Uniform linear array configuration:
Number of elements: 4
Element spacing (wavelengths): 0.25
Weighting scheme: hann
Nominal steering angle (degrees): -30
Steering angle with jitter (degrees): -31.885
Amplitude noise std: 0.05
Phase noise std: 0.05

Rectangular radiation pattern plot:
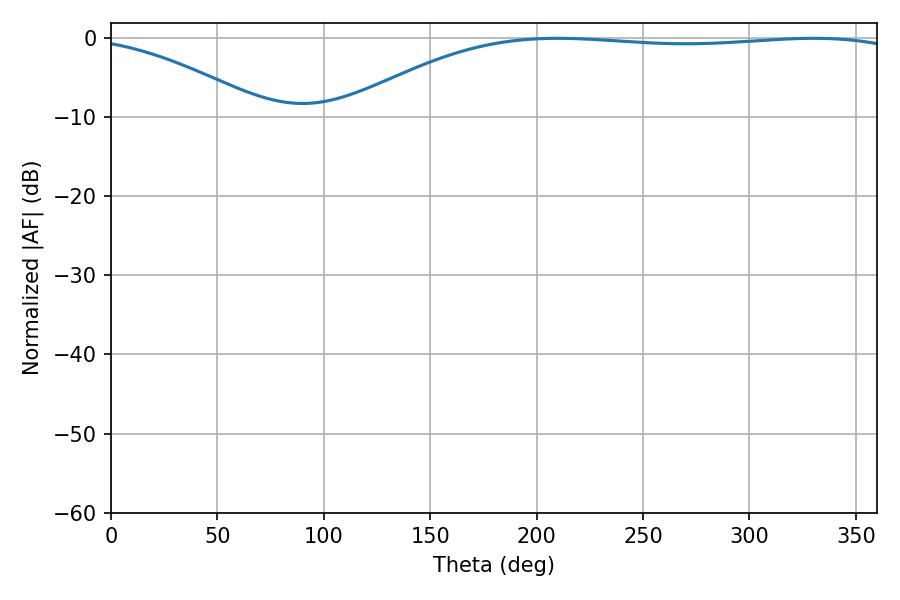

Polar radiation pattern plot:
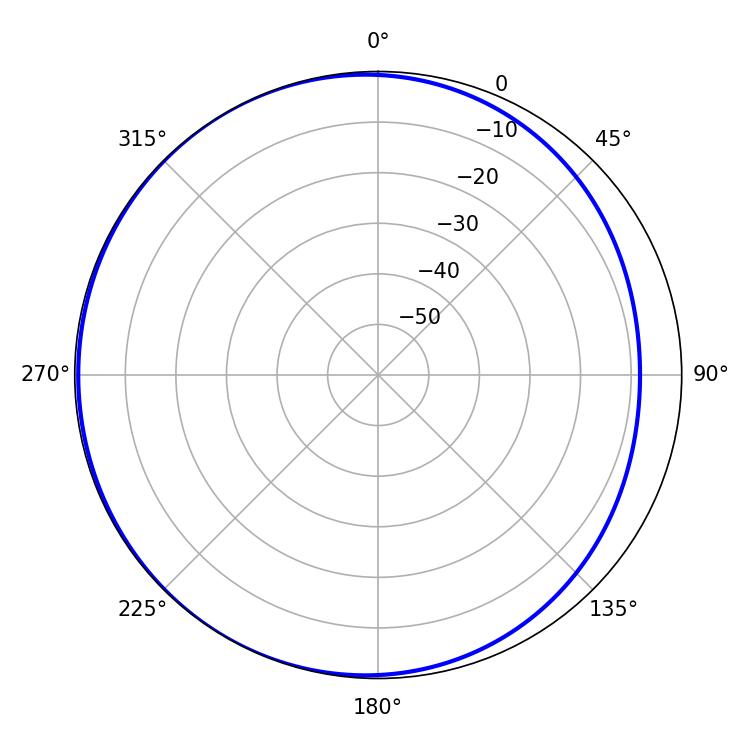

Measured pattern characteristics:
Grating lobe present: FALSE
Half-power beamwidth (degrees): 210.24
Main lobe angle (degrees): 209.88